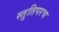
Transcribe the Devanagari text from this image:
स्तुतिपरच